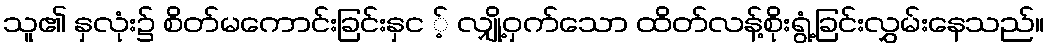
သူ၏ နှလုံး၌ စိတ်မကောင်းခြင်းနှင ့် လျှို့ဝှက်သော ထိတ်လန့်စိုးရွံ့ခြင်းလွှမ်းနေသည်။